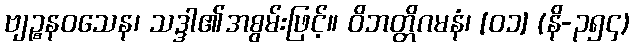
ဗျဉ္စနဝသေန၊ သဒ္ဒါ၏အစွမ်းဖြင့်။ ဝိဘတ္တိဂမနံ၊ [၀၁] (နိ-၃၅၄)